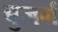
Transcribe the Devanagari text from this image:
बुजर्ग